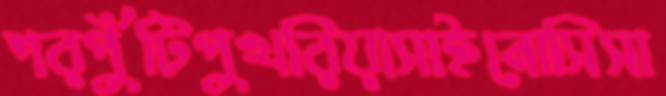
শরপুঁটিপুখরিয়াসাইনোসিসা